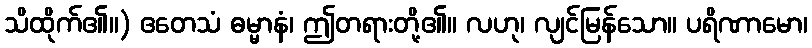
သိထိုက်၏။) ဧတေသံ ဓမ္မာနံ၊ ဤတရားတို့၏။ လဟု၊ လျင်မြန်သော။ ပရိဏာမော၊